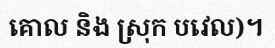
គោល និង ស្រុក បវេល)។